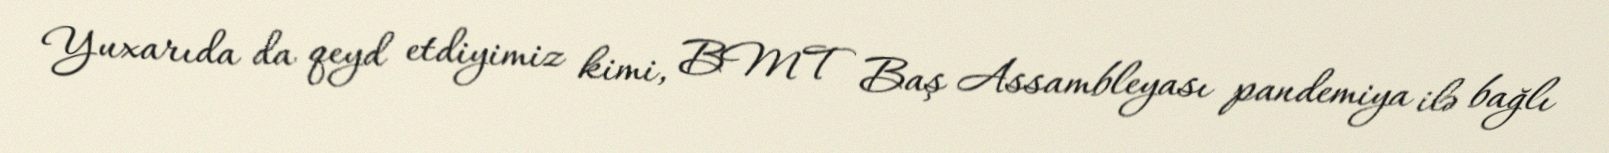
Yuxarıda da qeyd etdiyimiz kimi, BMT Baş Assambleyası pandemiya ilə bağlı